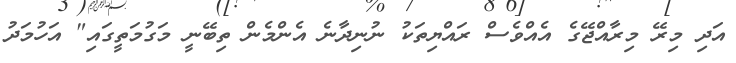
އަދި މިރޭ މިރާއްޖޭގެ އެއްވެސް ރައްޔިތަކު ނުނިދާނެ އެންމެން ތިބޭނީ މަގުމަތީގައި" އަހުމަދު